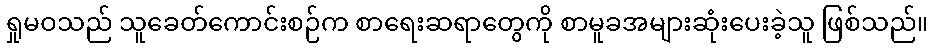
ရှုမဝသည် သူခေတ်ကောင်းစဉ်က စာရေးဆရာတွေကို စာမူခအများဆုံးပေးခဲ့သူ ဖြစ်သည်။